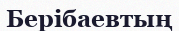
Берібаевтың